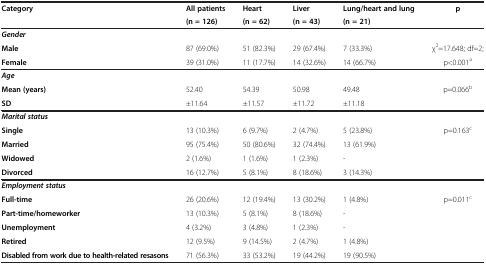
<table><thead><tr><td><b>Category</b></td><td><b>All patients</b></td><td><b>Heart</b></td><td><b>Liver</b></td><td><b>Lung/heart and lung</b></td><td><b>p</b></td></tr><tr><td><b> </b></td><td><b>(n = 126)</b></td><td><b>(n = 62)</b></td><td><b>(n = 43)</b></td><td><b>(n = 21)</b></td><td><b> </b></td></tr></thead><tbody><tr><td><b><i>Gender</i></b></td><td> </td><td> </td><td> </td><td> </td><td> </td></tr><tr><td><b>Male</b></td><td>87 (69.0%)</td><td>51 (82.3%)</td><td>29 (67.4%)</td><td>7 (33.3%)</td><td>χ<sup>2</sup>=17.648; df=2;</td></tr><tr><td><b>Female</b></td><td>39 (31.0%)</td><td>11 (17.7%)</td><td>14 (32.6%)</td><td>14 (66.7%)</td><td>p&lt;0.001<sup>a</sup></td></tr><tr><td><b><i>Age</i></b></td><td> </td><td> </td><td> </td><td> </td><td> </td></tr><tr><td><b>Mean (years)</b></td><td>52.40</td><td>54.39</td><td>50.98</td><td>49.48</td><td>p=0.066<sup>b</sup></td></tr><tr><td><b>SD</b></td><td>±11.64</td><td>±11.57</td><td>±11.72</td><td>±11.18</td><td> </td></tr><tr><td><b><i>Marital status</i></b></td><td> </td><td> </td><td> </td><td> </td><td> </td></tr><tr><td><b>Single</b></td><td>13 (10.3%)</td><td>6 (9.7%)</td><td>2 (4.7%)</td><td>5 (23.8%)</td><td>p=0.163<sup>c</sup></td></tr><tr><td><b>Married</b></td><td>95 (75.4%)</td><td>50 (80.6%)</td><td>32 (74.4%)</td><td>13 (61.9%)</td><td> </td></tr><tr><td><b>Widowed</b></td><td>2 (1.6%)</td><td>1 (1.6%)</td><td>1 (2.3%)</td><td>-</td><td> </td></tr><tr><td><b>Divorced</b></td><td>16 (12.7%)</td><td>5 (8.1%)</td><td>8 (18.6%)</td><td>3 (14.3%)</td><td> </td></tr><tr><td><b><i>Employment status</i></b></td><td> </td><td> </td><td> </td><td> </td><td> </td></tr><tr><td><b>Full-time</b></td><td>26 (20.6%)</td><td>12 (19.4%)</td><td>13 (30.2%)</td><td>1 (4.8%)</td><td>p=0.011<sup>c</sup></td></tr><tr><td><b>Part-time/homeworker</b></td><td>13 (10.3%)</td><td>5 (8.1%)</td><td>8 (18.6%)</td><td>-</td><td> </td></tr><tr><td><b>Unemployment</b></td><td>4 (3.2%)</td><td>3 (4.8%)</td><td>1 (2.3%)</td><td>-</td><td> </td></tr><tr><td><b>Retired</b></td><td>12 (9.5%)</td><td>9 (14.5%)</td><td>2 (4.7%)</td><td>1 (4.8%)</td><td> </td></tr><tr><td><b>Disabled from work due to health-related resasons</b></td><td>71 (56.3%)</td><td>33 (53.2%)</td><td>19 (44.2%)</td><td>19 (90.5%)</td><td> </td></tr></tbody></table>